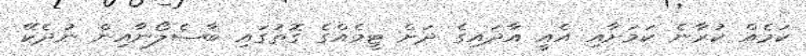
ކަމެއް ކުރާނެ ކަމަށާއި އެއީ އާދައިގެ ދަށް ޓީމެއްގެ ގޮތުގައި ބާސެލޯނާއިން ނުދެކޭ